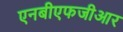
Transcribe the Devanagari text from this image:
एनबीएफजीआर